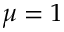
\mu = 1